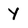
Character: y